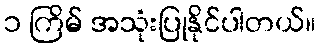
၁ ကြိမ် အသုံးပြုနိုင်ပါတယ်။